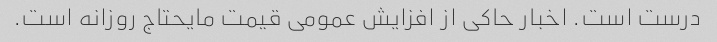
درست است. اخبار حاکی از افزایش عمومی قیمت مایحتاج روزانه است.